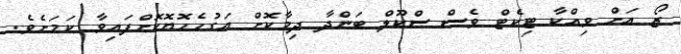
ޒޯ އަށް ވިއްކާ ޓިކެޓް ވެސް ސްކޫލް ބަންދާ ދިމާކޮށް އަގުހެހޮޔޮކޮށްފައިވާ ކަމަށެވެ.